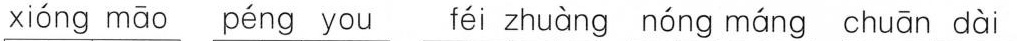
xióng māo péng you féi zhuàng nóng máng chuān dài